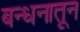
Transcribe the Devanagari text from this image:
बन्धनातून